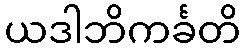
ယဒါဘိကင်္ခတိ